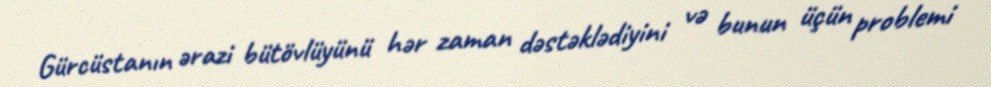
Gürcüstanın ərazi bütövlüyünü hər zaman dəstəklədiyini və bunun üçün problemi